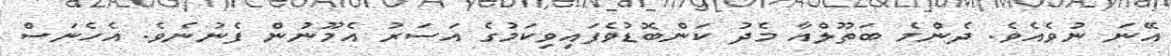
އޭނަ ނުވެއެވެ. ދެންމެ ބަތޫލްއާ މެދު ކަންބޮޑުވެފައިވިކަމުގެ އަސަރު އެމޫނުން ފެނުނެވެ. އެހެނަސް